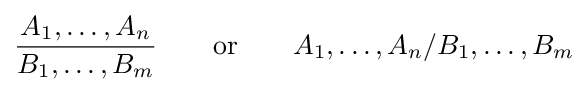
{\frac {A_{1},\dots ,A_{n}}{B_{1},\dots ,B_{m}}}\qquad {\text{or}}\qquad A_{1},\dots ,A_{n}/B_{1},\dots ,B_{m}